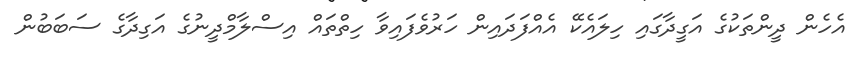
އެހެން ދީންތަކުގެ އަގީދާގައި ހިލައެކޭ އެއްފަދައިން ހަރުވެފައިވާ ހިތްތައް އިސްލާމްދީނުގެ އަގިދާގެ ސަބަބުން